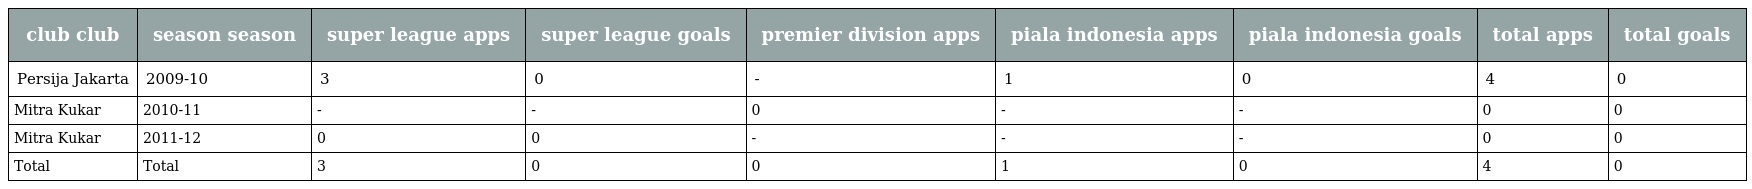
| club club | season season | super league apps | super league goals | premier division apps | piala indonesia apps | piala indonesia goals | total apps | total goals |
 | --- | --- | --- | --- | --- | --- | --- | --- | --- |
 | Persija Jakarta | 2009-10 | 3 | 0 | - | 1 | 0 | 4 | 0 |
 | Mitra Kukar | 2010-11 | - | - | 0 | - | - | 0 | 0 |
 | Mitra Kukar | 2011-12 | 0 | 0 | - | - | - | 0 | 0 |
 | Total | Total | 3 | 0 | 0 | 1 | 0 | 4 | 0 |